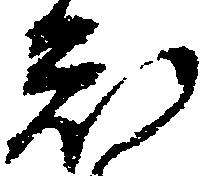
知